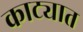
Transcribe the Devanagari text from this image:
काट्यात